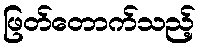
ဖြတ်တောက်သည့်